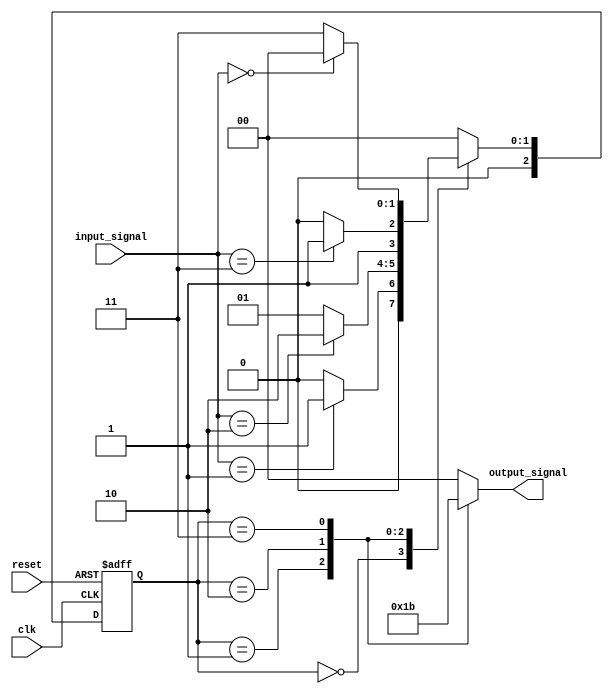
module MealyStateMachine #(
    parameter N = 3,                 // Number of bits for the state register
    parameter NUM_STATES = 2**N      // Total number of states
)(
    input wire clk,                  // Clock signal
    input wire reset,                // Asynchronous reset signal
    input wire [1:0] input_signal,   // Input signals affecting state transitions and outputs
    output reg [1:0] output_signal    // Output signals
);

    // State register
    reg [N-1:0] current_state, next_state;

    // State encoding (example: binary encoding)
    localparam STATE_0 = 3'b000;
    localparam STATE_1 = 3'b001;
    localparam STATE_2 = 3'b010;
    localparam STATE_3 = 3'b011;

    // State transition logic
    always @(*) begin
        case (current_state)
            STATE_0: begin
                if (input_signal == 2'b01)
                    next_state = STATE_1;
                else
                    next_state = STATE_0;
                
                output_signal = 2'b00; // Output logic for STATE_0
            end
            
            STATE_1: begin
                if (input_signal == 2'b10)
                    next_state = STATE_2;
                else
                    next_state = STATE_1;
                
                output_signal = 2'b01; // Output logic for STATE_1
            end
            
            STATE_2: begin
                if (input_signal == 2'b11)
                    next_state = STATE_3;
                else
                    next_state = STATE_2;
                
                output_signal = 2'b10; // Output logic for STATE_2
            end
            
            STATE_3: begin
                if (input_signal == 2'b00)
                    next_state = STATE_0;
                else
                    next_state = STATE_3;
                
                output_signal = 2'b11; // Output logic for STATE_3
            end
            
            default: begin
                next_state = STATE_0;
                output_signal = 2'b00; // Default outputs
            end
        endcase
    end

    // State register update
    always @(posedge clk or posedge reset) begin
        if (reset) begin
            current_state <= STATE_0; // Initialize to starting state
        end else begin
            current_state <= next_state; // Update state on clock edge
        end
    end

endmodule